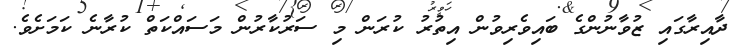
ދާއިރާގައި ޒުވާނުންގެ ބައިވެރިވުން އިތުރު ކުރަން މި ސަރުކާރުން މަސައްކަތް ކުރާނެ ކަމަށެވެ.